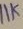
Text: 11K